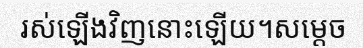
រស់ឡើងវិញនោះឡើយ។សម្តេច